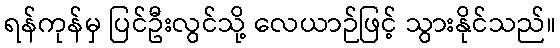
ရန်ကုန်မှ ပြင်ဦးလွင်သို့ လေယာဉ်ဖြင့် သွားနိုင်သည်။